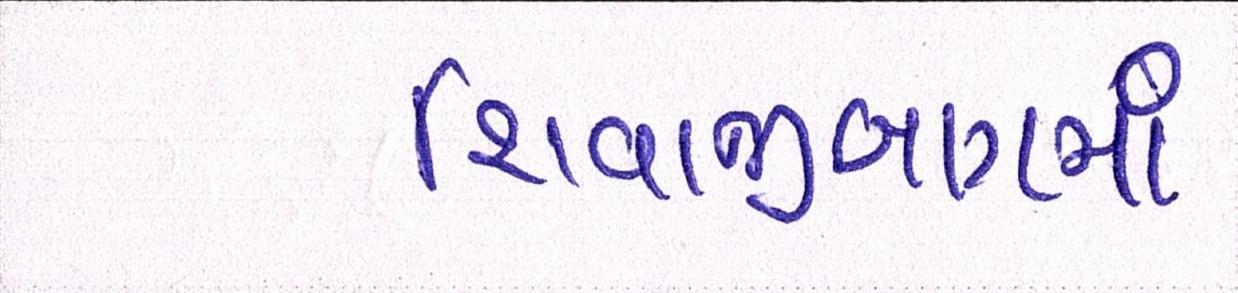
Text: શિવાજીબાગમાં